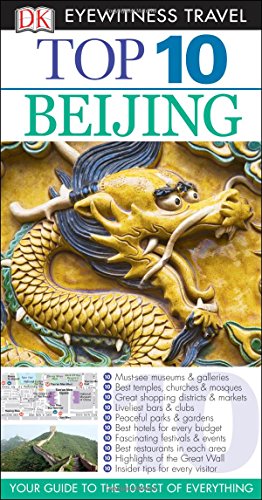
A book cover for Top 10 Beijing (Eyewitness Top 10 Travel Guide); Andrew Humphreys; Travel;